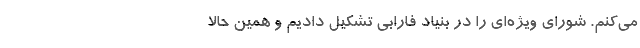
می‌کنم. شورای ویژه‌ای را در بنیاد فارابی تشکیل دادیم و همین حالا